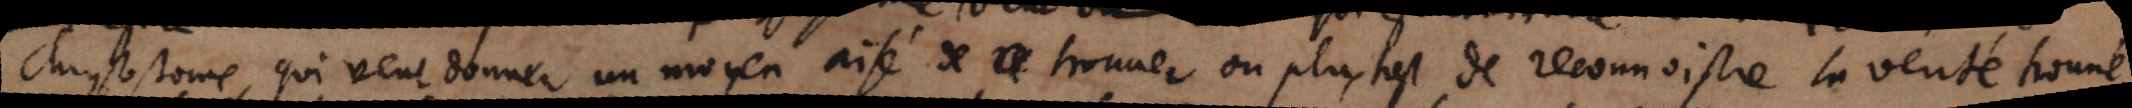
Chrysostome qui veut donner un moyen aise´ de trouver ou plus tost de reconnoistre la verité trouvée